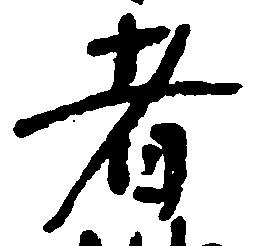
者